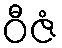
ဝီဇံ